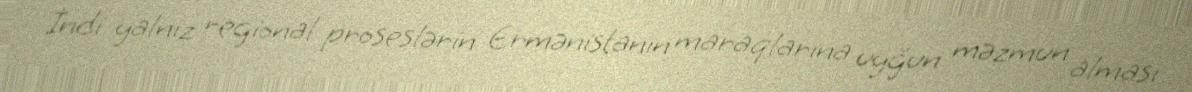
İndi yalnız regional proseslərin Ermənistanın maraqlarına uyğun məzmun alması